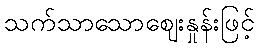
သက်သာသောဈေးနှုန်းဖြင့်